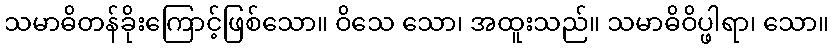
သမာဓိတန်ခိုးကြောင့်ဖြစ်သော။ ဝိသေ သော၊ အထူးသည်။ သမာဓိဝိပ္ဖါရာ၊ သော။